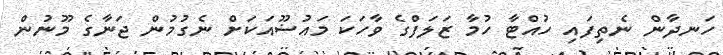
ހަނދާން ނެތިފައި ހުއްޓާ ހުމާ ޒަލަފްގެ ވާހަކަ މައުޟޫއަކަށް ނެގުމުން ޖަނާގެ މޫނުން